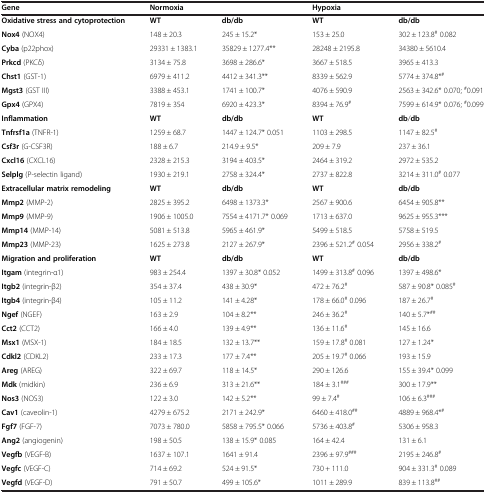
<table><thead><tr><td><b>Gene</b></td><td colspan="2"><b>Normoxia</b></td><td colspan="2"><b>Hypoxia</b></td></tr></thead><tbody><tr><td><b>Oxidative stress and cytoprotection</b></td><td><b>WT</b></td><td><b>db</b><b>/</b><b>db</b></td><td><b>WT</b></td><td><b>db</b><b>/</b><b>db</b></td></tr><tr><td><b>Nox4</b> (NOX4)</td><td>148 ± 20.3</td><td>245 ± 15.2*</td><td>153 ± 25.0</td><td>302 ± 123.8<sup>#</sup>0.082</td></tr><tr><td><b>Cyba</b> (p22phox)</td><td>29331 ± 1383.1</td><td>35829 ± 1277.4**</td><td>28248 ± 2195.8</td><td>34380 ± 5610.4</td></tr><tr><td><b>Prkcd</b> (PKCδ)</td><td>3134 ± 75.8</td><td>3698 ± 286.6*</td><td>3667 ± 518.5</td><td>3965 ± 413.3</td></tr><tr><td><b>Chst1</b> (GST-1)</td><td>6979 ± 411.2</td><td>4412 ± 341.3**</td><td>8339 ± 562.9</td><td>5774 ± 374.8*<sup>#</sup></td></tr><tr><td><b>Mgst3</b> (GST III)</td><td>3388 ± 453.1</td><td>1741 ± 100.7*</td><td>4076 ± 590.9</td><td>2563 ± 342.6* 0.070; <sup>#</sup>0.091</td></tr><tr><td><b>Gpx4</b> (GPX4)</td><td>7819 ± 354</td><td>6920 ± 423.3*</td><td>8394 ± 76.9<sup>#</sup></td><td>7599 ± 614.9* 0.076; <sup>#</sup>0.099</td></tr><tr><td><b>Inflammation</b></td><td><b>WT</b></td><td><b>db</b><b>/</b><b>db</b></td><td><b>WT</b></td><td><b>db</b>/<b>db</b></td></tr><tr><td><b>Tnfrsf1a</b> (TNFR-1)</td><td>1259 ± 68.7</td><td>1447 ± 124.7* 0.051</td><td>1103 ± 298.5</td><td>1147 ± 82.5<sup>#</sup></td></tr><tr><td><b>Csf3r</b> (G-CSF3R)</td><td>188 ± 6.7</td><td>214.9 ± 9.5*</td><td>209 ± 7.9</td><td>237 ± 36.1</td></tr><tr><td><b>Cxcl16</b> (CXCL16)</td><td>2328 ± 215.3</td><td>3194 ± 403.5*</td><td>2464 ± 319.2</td><td>2972 ± 535.2</td></tr><tr><td><b>Selplg</b> (P-selectin ligand)</td><td>1930 ± 219.1</td><td>2758 ± 324.4*</td><td>2737 ± 822.8</td><td>3214 ± 311.0<sup>#</sup> 0.077</td></tr><tr><td><b>Extracellular matrix remodeling</b></td><td><b>WT</b></td><td><b>db</b><b>/</b><b>db</b></td><td><b>WT</b></td><td><b>db</b><b>/</b><b>db</b></td></tr><tr><td><b>Mmp2</b> (MMP-2)</td><td>2825 ± 395.2</td><td>6498 ± 1373.3*</td><td>2567 ± 900.6</td><td>6454 ± 905.8**</td></tr><tr><td><b>Mmp9</b> (MMP-9)</td><td>1906 ± 1005.0</td><td>7554 ± 4171.7* 0.069</td><td>1713 ± 637.0</td><td>9625 ± 955.3***</td></tr><tr><td><b>Mmp14</b> (MMP-14)</td><td>5081 ± 513.8</td><td>5965 ± 461.9*</td><td>5499 ± 518.5</td><td>5758 ± 519.5</td></tr><tr><td><b>Mmp23</b> (MMP-23)</td><td>1625 ± 273.8</td><td>2127 ± 267.9*</td><td>2396 ± 521.2<sup>#</sup>0.054</td><td>2956 ± 338.2<sup>#</sup></td></tr><tr><td><b>Migration and proliferation</b></td><td><b>WT</b></td><td><b>db</b><b>/</b><b>db</b></td><td><b>WT</b></td><td><b>db</b><b>/</b><b>db</b></td></tr><tr><td><b>Itgam</b> (integrin-α1)</td><td>983 ± 254.4</td><td>1397 ± 30.8* 0.052</td><td>1499 ± 313.8<sup>#</sup>0.096</td><td>1397 ± 498.6*</td></tr><tr><td><b>Itgb2</b> (integrin-β2)</td><td>354 ± 37.4</td><td>438 ± 30.9*</td><td>472 ± 76.2<sup>#</sup></td><td>587 ± 90.8* 0.085<sup>#</sup></td></tr><tr><td><b>Itgb4</b> (integrin-β4)</td><td>105 ± 11.2</td><td>141 ± 4.28*</td><td>178 ± 66.0<sup>#</sup> 0.096</td><td>187 ± 26.7<sup>#</sup></td></tr><tr><td><b>Ngef</b> (NGEF)</td><td>163 ± 2.9</td><td>104 ± 8.2**</td><td>246 ± 36.2<sup>#</sup></td><td>140 ± 5.7*<sup>##</sup></td></tr><tr><td><b>Cct2</b> (CCT2)</td><td>166 ± 4.0</td><td>139 ± 4.9**</td><td>136 ± 11.6<sup>#</sup></td><td>145 ± 16.6</td></tr><tr><td><b>Msx1</b> (MSX-1)</td><td>184 ± 18.5</td><td>132 ± 13.7**</td><td>159 ± 17.8<sup>#</sup>0.081</td><td>127 ± 1.24*</td></tr><tr><td><b>Cdkl2</b> (CDKL2)</td><td>233 ± 17.3</td><td>177 ± 7.4**</td><td>205 ± 19.7<sup>#</sup>0.066</td><td>193 ± 15.9</td></tr><tr><td><b>Areg</b> (AREG)</td><td>322 ± 69.7</td><td>118 ± 14.5*</td><td>290 ± 126.6</td><td>155 ± 39.4* 0.099</td></tr><tr><td><b>Mdk</b> (midkin)</td><td>236 ± 6.9</td><td>313 ± 21.6**</td><td>184 ± 3.1<sup>###</sup></td><td>300 ± 17.9**</td></tr><tr><td><b>Nos3</b> (NOS3)</td><td>122 ± 3.0</td><td>142 ± 5.2**</td><td>99 ± 7.4<sup>#</sup></td><td>106 ± 6.3<sup>###</sup></td></tr><tr><td><b>Cav1</b> (caveolin-1)</td><td>4279 ± 675.2</td><td>2171 ± 242.9*</td><td>6460 ± 418.0<sup>##</sup></td><td>4889 ± 968.4*<sup>#</sup></td></tr><tr><td><b>Fgf7</b> (FGF-7)</td><td>7073 ± 780.0</td><td>5858 ± 795.5* 0.066</td><td>5736 ± 403.8<sup>#</sup></td><td>5306 ± 958.3</td></tr><tr><td><b>Ang2</b> (angiogenin)</td><td>198 ± 50.5</td><td>138 ± 15.9* 0.085</td><td>164 ± 42.4</td><td>131 ± 6.1</td></tr><tr><td><b>Vegfb</b> (VEGF-B)</td><td>1637 ± 107.1</td><td>1641 ± 91.4</td><td>2396 ± 97.9<sup>###</sup></td><td>2195 ± 246.8<sup>#</sup></td></tr><tr><td><b>Vegfc</b> (VEGF-C)</td><td>714 ± 69.2</td><td>524 ± 91.5*</td><td>730 + 111.0</td><td>904 ± 331.3<sup>#</sup> 0.089</td></tr><tr><td><b>Vegfd</b> (VEGF-D)</td><td>791 ± 50.7</td><td>499 ± 105.6*</td><td>1011 ± 289.9</td><td>839 ± 113.8<sup>##</sup></td></tr></tbody></table>